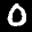
Label: 0